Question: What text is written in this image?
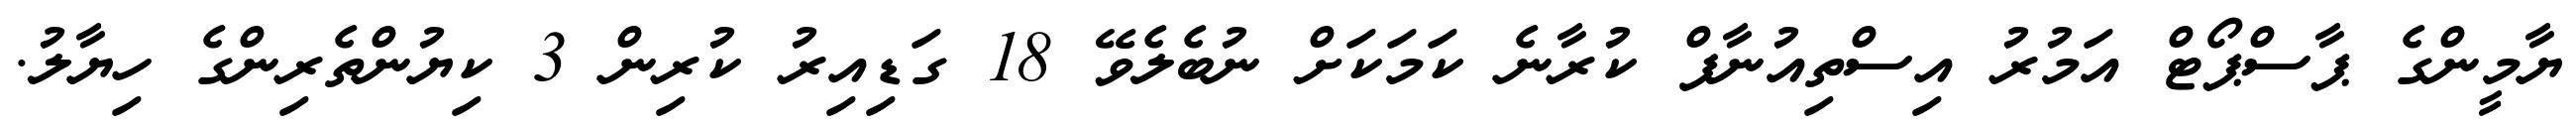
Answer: ޔާމީންގެ ޕާސްޕޯޓް އަމުރު އިސްތިއުނާފް ކުރާނެ ކަމަކަށް ނުބެލެވޭ 18 ގަޑިއިރު ކުރިން 3 ކިޔުންތެރިންގެ ހިޔާލު.